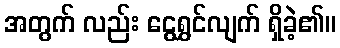
အတွက် လည်း ငွေရွှင်လျက် ရှိခဲ့၏။